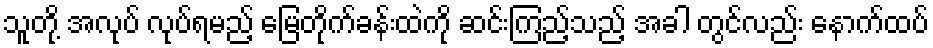
သူတို့ အလုပ် လုပ်ရမည့် မြေတိုက်ခန်းထဲကို ဆင်းကြည့်သည့် အခါ တွင်လည်း နောက်ထပ်